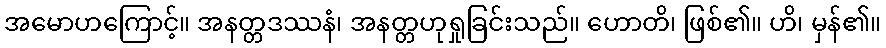
အမောဟကြောင့်။ အနတ္တဒဿနံ၊ အနတ္တဟုရှုခြင်းသည်။ ဟောတိ၊ ဖြစ်၏။ ဟိ၊ မှန်၏။